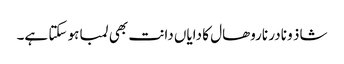
شاذ و نادر ناروھال کا دایاں دانت بھی لمبا ہو سکتا ہے۔